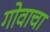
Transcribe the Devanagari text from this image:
गोवाचा